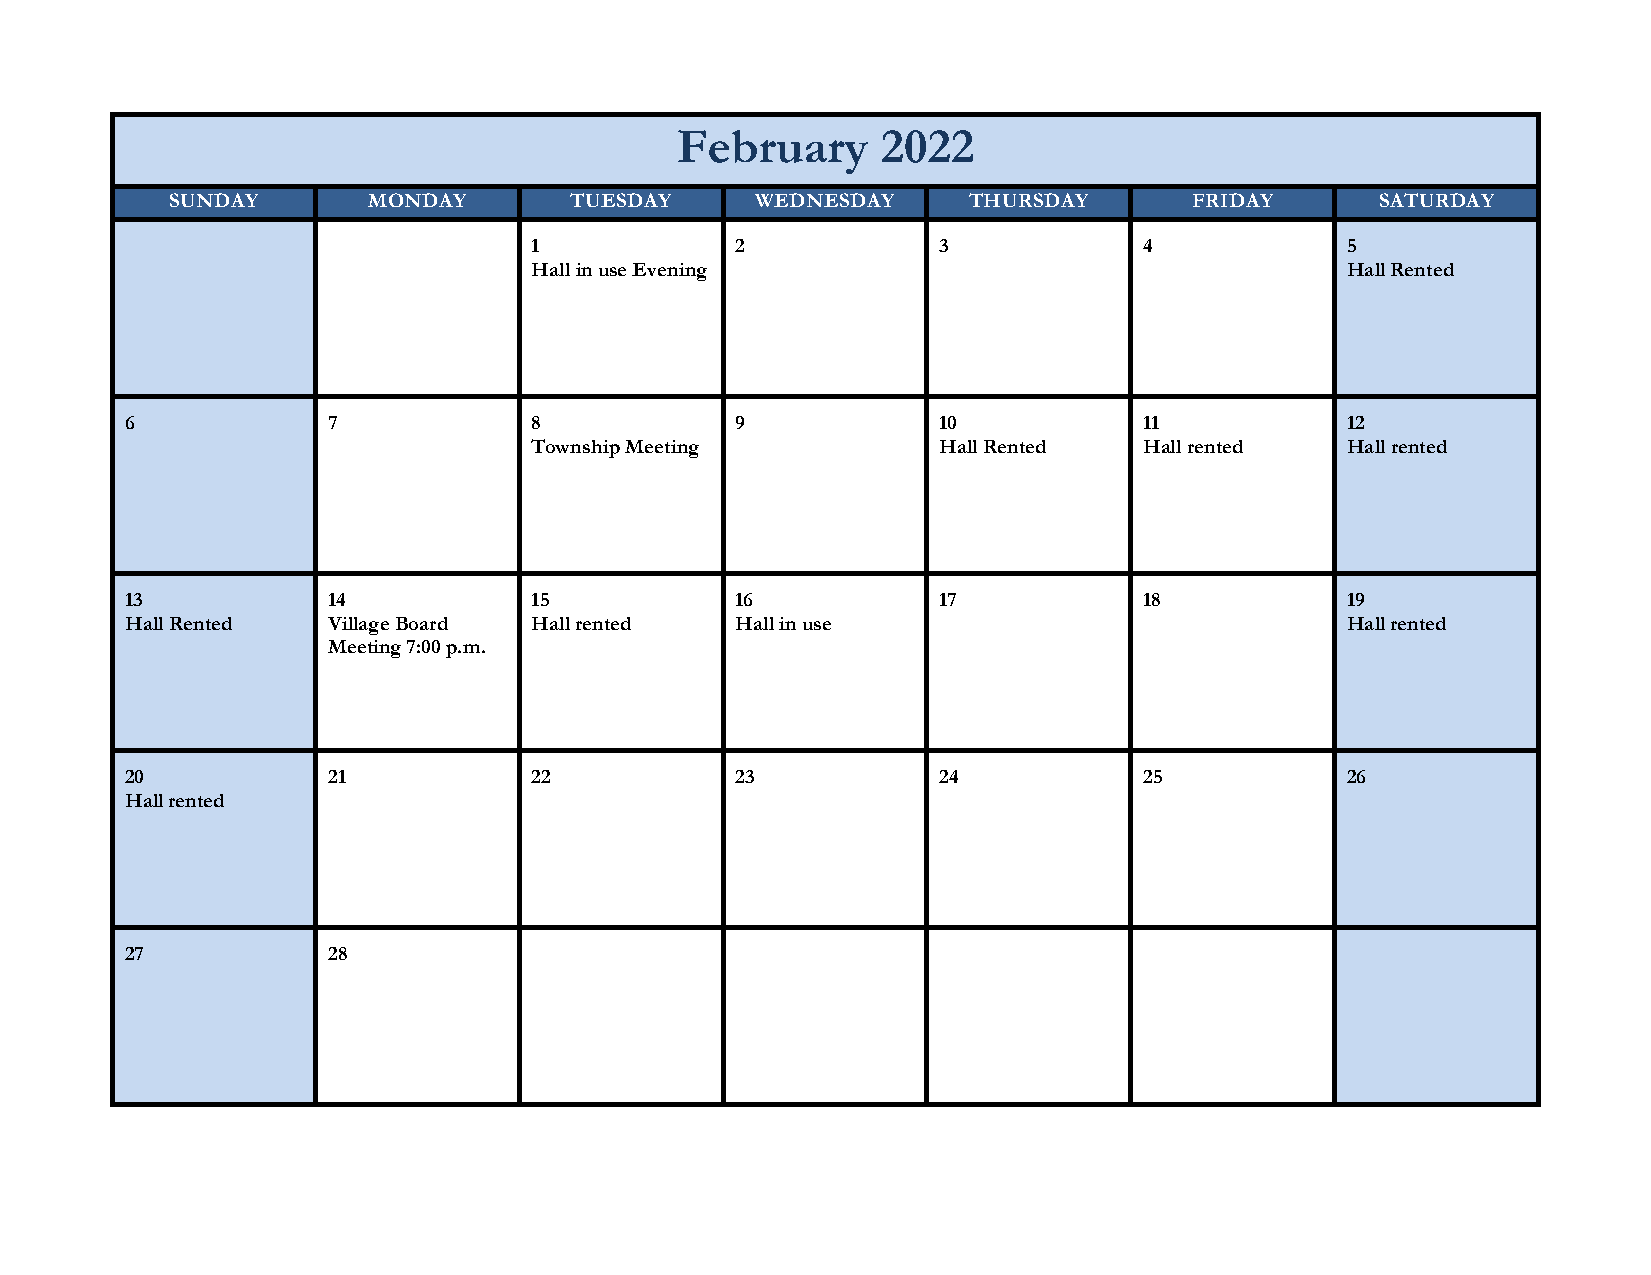
February     2022
 SUNDAY       MONDAY        TUESDAY     WEDNESDAY     THURSDAY       FRIDAY      SATURDAY
 1             2            3             4            5
 Hall in use Evening                                   Hall Rented
 6             7            8             9            10            11           12
 Township Meeting           Hall Rented   Hall rented  Hall rented
 13            14           15            16           17            18           19
 Hall Rented   Village Board Hall rented  Hall in use                             Hall rented
 Meeting 7:00 p.m.
 20            21           22            23           24            25           26
 Hall rented
 27            28